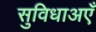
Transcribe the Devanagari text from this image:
सुविधाअएँ